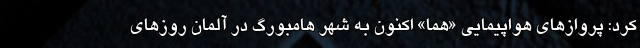
کرد: پروازهای هواپیمایی «هما» اکنون به شهر هامبورگ در آلمان روزهای